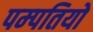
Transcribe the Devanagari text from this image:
पम्‍पतियो